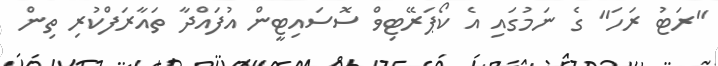
"ރަޓު ރަހަ" ގެ ނަމުގައި އެ ކޯޕަރޭޓިވް ސޮސައިޓީން އުފައްދާ ތައާރަފްކުރި ތިން